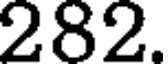
282.